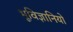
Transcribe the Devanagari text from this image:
भूविज्ञानियो